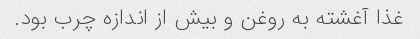
غذا آغشته به روغن و بیش از اندازه چرب بود.